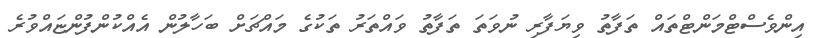
އިންވެސްޓްމަންޓްތައް ތަފާތު ވިޔަފާރި ނުވަތަ ތަފާތު ވައްތަރު ތަކުގެ މައްޗަށް ބަހާލުން އެއްކުންފުންޏައްވުރެ